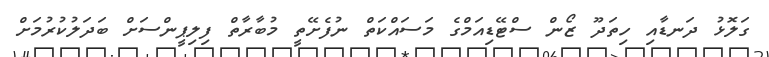
ގަލޮޅު ދަނޑާއި ހިތަދޫ ޒޯން ސްޓޭޑިއަމްގެ މަސައްކަތް ނުފެށޭތީ މުބާރާތް ފިލިޕީންސަށް ބަދަލުކުރުމަށް